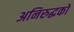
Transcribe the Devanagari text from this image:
अनिरुद्धको